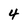
Character: 4